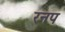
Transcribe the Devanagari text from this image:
रनप